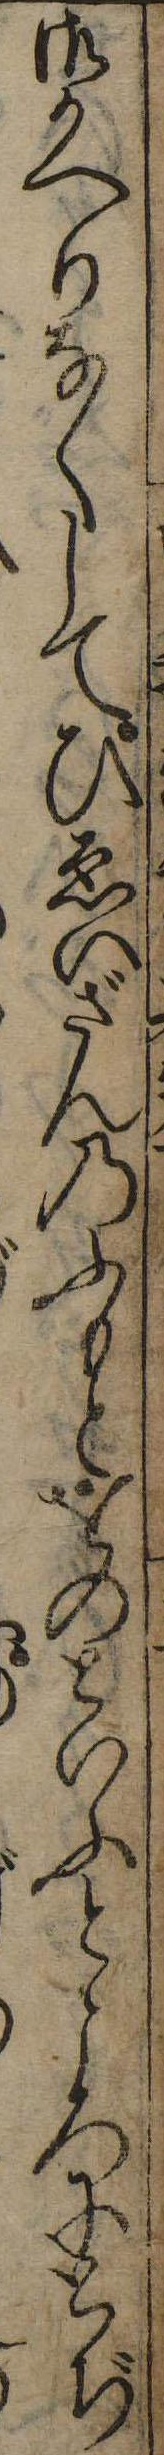
御かへりなくしてひゑいざんのふもとをのといふところにとぢ